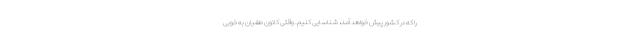
را که در کشور پیش خواهد آمد، شناسایی کنیم. وقتی کانون طغیان‌ به خوبی